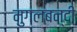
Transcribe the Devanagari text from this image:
मुगलबन्दी